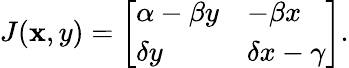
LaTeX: J(\mathbf{x},y)={\left[\begin{array}{ll}{\alpha-\beta y}&{-\beta x}\\ {\delta y}&{\delta x-\gamma}\end{array}\right]}.